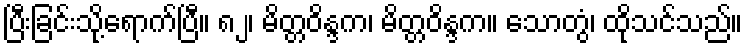
ပြီးခြင်းသို့ရောက်ပြီ။ ၈၂၊ မိတ္တဝိန္ဒက၊ မိတ္တဝိန္ဒက။ သောတွံ၊ ထိုသင်သည်။